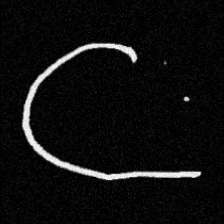
Pyu character \u2014 Myanmar letter: ဋ (romanized: tta)